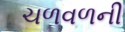
ચળવળની